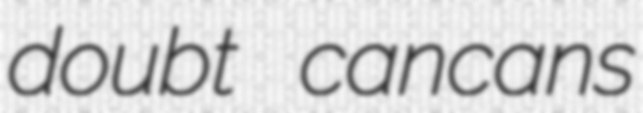
doubt cancans